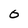
Character: O